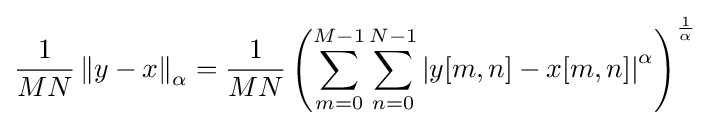
{\frac {1}{MN}}\left\|y-x\right\|_{\alpha }={\frac {1}{MN}}\left(\sum _{m=0}^{M-1}\sum _{n=0}^{N-1}\left|y[m,n]-x[m,n]\right|^{\alpha }\right)^{\frac {1}{\alpha }}